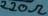
Text: 220Ω